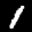
Label: 1